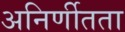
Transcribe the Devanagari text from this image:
अनिर्णीतता